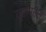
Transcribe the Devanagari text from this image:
यूरोप्रेस